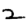
Digit: 2